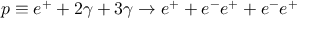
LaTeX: p \equiv e ^ { + } + 2 \gamma + 3 \gamma \rightarrow e ^ { + } + e ^ { - } e ^ { + } + e ^ { - } e ^ { + }